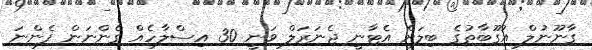
ގާނޫނުލް އުގޫބާތުގެ ބިލަށް އެޓާނީ ޖެނަރަލް ވަނީ 30 އިސްލާހެއް ގެންނަން ފެންނަ